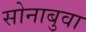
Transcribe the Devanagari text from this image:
सोनाबुवा